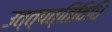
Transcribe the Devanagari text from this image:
उत्त्पत्तिविधि